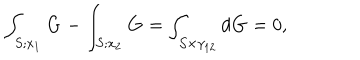
\int _ { S ; x _ { 1 } } { \bf G } - \int _ { S ; x _ { 2 } } { \bf G } = \int _ { { \cal S } \times \gamma _ { 1 2 } } d { \bf G } = 0 ,